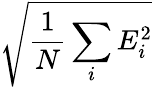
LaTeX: \sqrt{\frac{1}{N}\sum_{i}E_{i}^{2}}